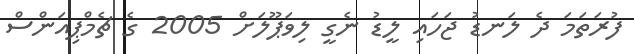
ފުރަތަމަ ދެ ލަނޑު ޖަހައި ލީޑު ނެގީ ލިވަޕޫލަށް 2005 ގެ ޗެމްޕިއަންސް